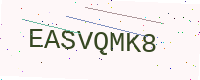
Text: EASVQMK8